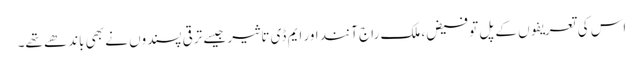
اس کی تعریفوں کے پل تو فیض، ملک راج آنند اور ایم ڈی تاثیر جیسے ترقی پسندوں نے بھی باندھے تھے۔